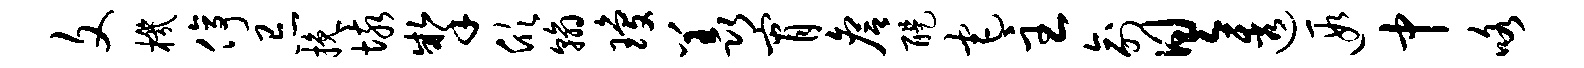
文机停忌挽垓掣欣翰琼羡宵詹醍宅主俞具透遐中咯